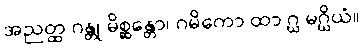
အညတ္ထ ဂန္တု မိစ္ဆန္တော၊ ဂမိကော ထာ ဂ္ဃ မဂ္ဃိယံ။